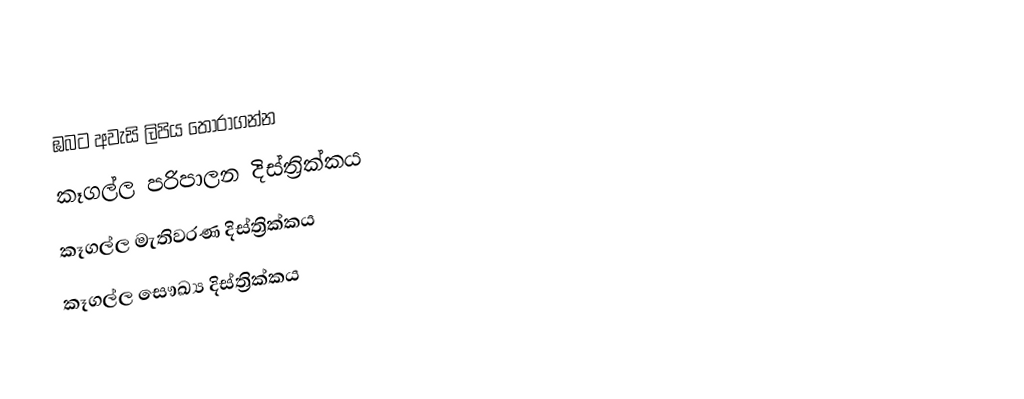
ඹබට අවැසි ලිපිය තෝරාගන්න
 කෑගල්ල පරිපාලන දිස්ත්‍රික්කය
 කෑගල්ල මැතිවරණ දිස්ත්‍රික්කය
 කෑගල්ල සෞඛ්‍ය දිස්ත්‍රික්කය